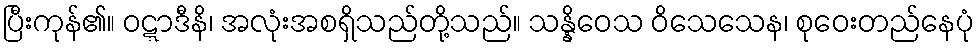
ပြီးကုန်၏။ ဝဋ္ဋာဒီနိ၊ အလုံးအစရှိသည်တို့သည်။ သန္နိဝေသ ဝိသေသေန၊ စုဝေးတည်နေပုံ